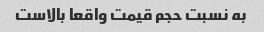
به نسبت حجم قیمت واقعا بالاست